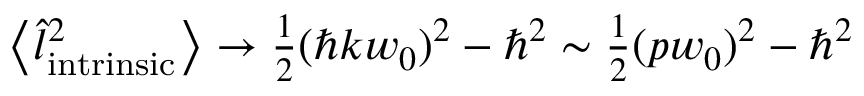
\begin{array} { r } { \left\langle \hat { l } _ { \mathrm { i n t r i n s i c } } ^ { 2 } \right\rangle \rightarrow \frac { 1 } { 2 } ( \hbar k w _ { 0 } ) ^ { 2 } - \hbar ^ { 2 } \sim \frac { 1 } { 2 } ( p w _ { 0 } ) ^ { 2 } - \hbar ^ { 2 } } \end{array}